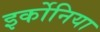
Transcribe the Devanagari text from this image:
इर्कोनिया